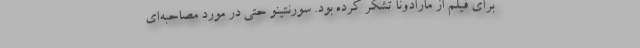
برای فیلم از مارادونا تشکر کرده بود. سورنتینو حتی در مورد مصاحبه‌ای